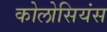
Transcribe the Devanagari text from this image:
कोलोसियंस